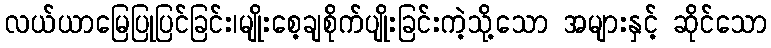
လယ်ယာမြေပြုပြင်ခြင်း၊မျိုးစေ့ချစိုက်ပျိုးခြင်းကဲ့သို့သော အများနှင့် ဆိုင်သော